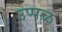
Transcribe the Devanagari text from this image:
उप्पळ